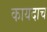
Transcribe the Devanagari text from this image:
कायदाच